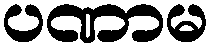
ပဏာမ